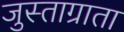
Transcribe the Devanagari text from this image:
जुस्ताग्राता